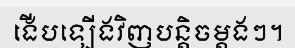
ងើបឡើងវិញបន្តិចម្តងៗ។